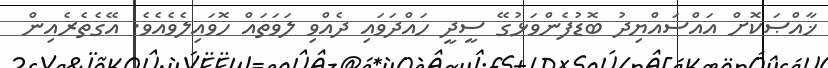
ޚާއްޞަކޮށް އައްސައްޔިދު ބޮޑުފެންވަޅުގޭ ސީދީ ހައްދަވައި ދެއްވި ލަވަތައް ހޮވައިލެވެއެވެ. އޭގެތެރެއިން